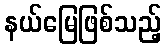
နယ်မြေဖြစ်သည့်